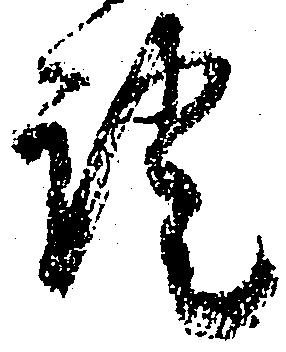
証